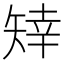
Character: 䂔